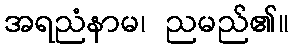
အရညံနာမ၊ ညမည်၏။